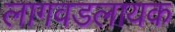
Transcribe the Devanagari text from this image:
लागवडलायक